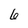
Character: 6